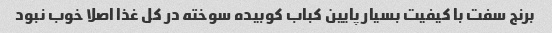
برنج سفت با کیفیت بسیار پایین کباب کوبیده سوخته در کل غذا اصلا خوب نبود